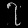
Digit: ၇